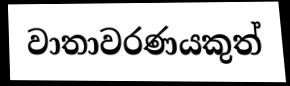
වාතාවරණයකුත්